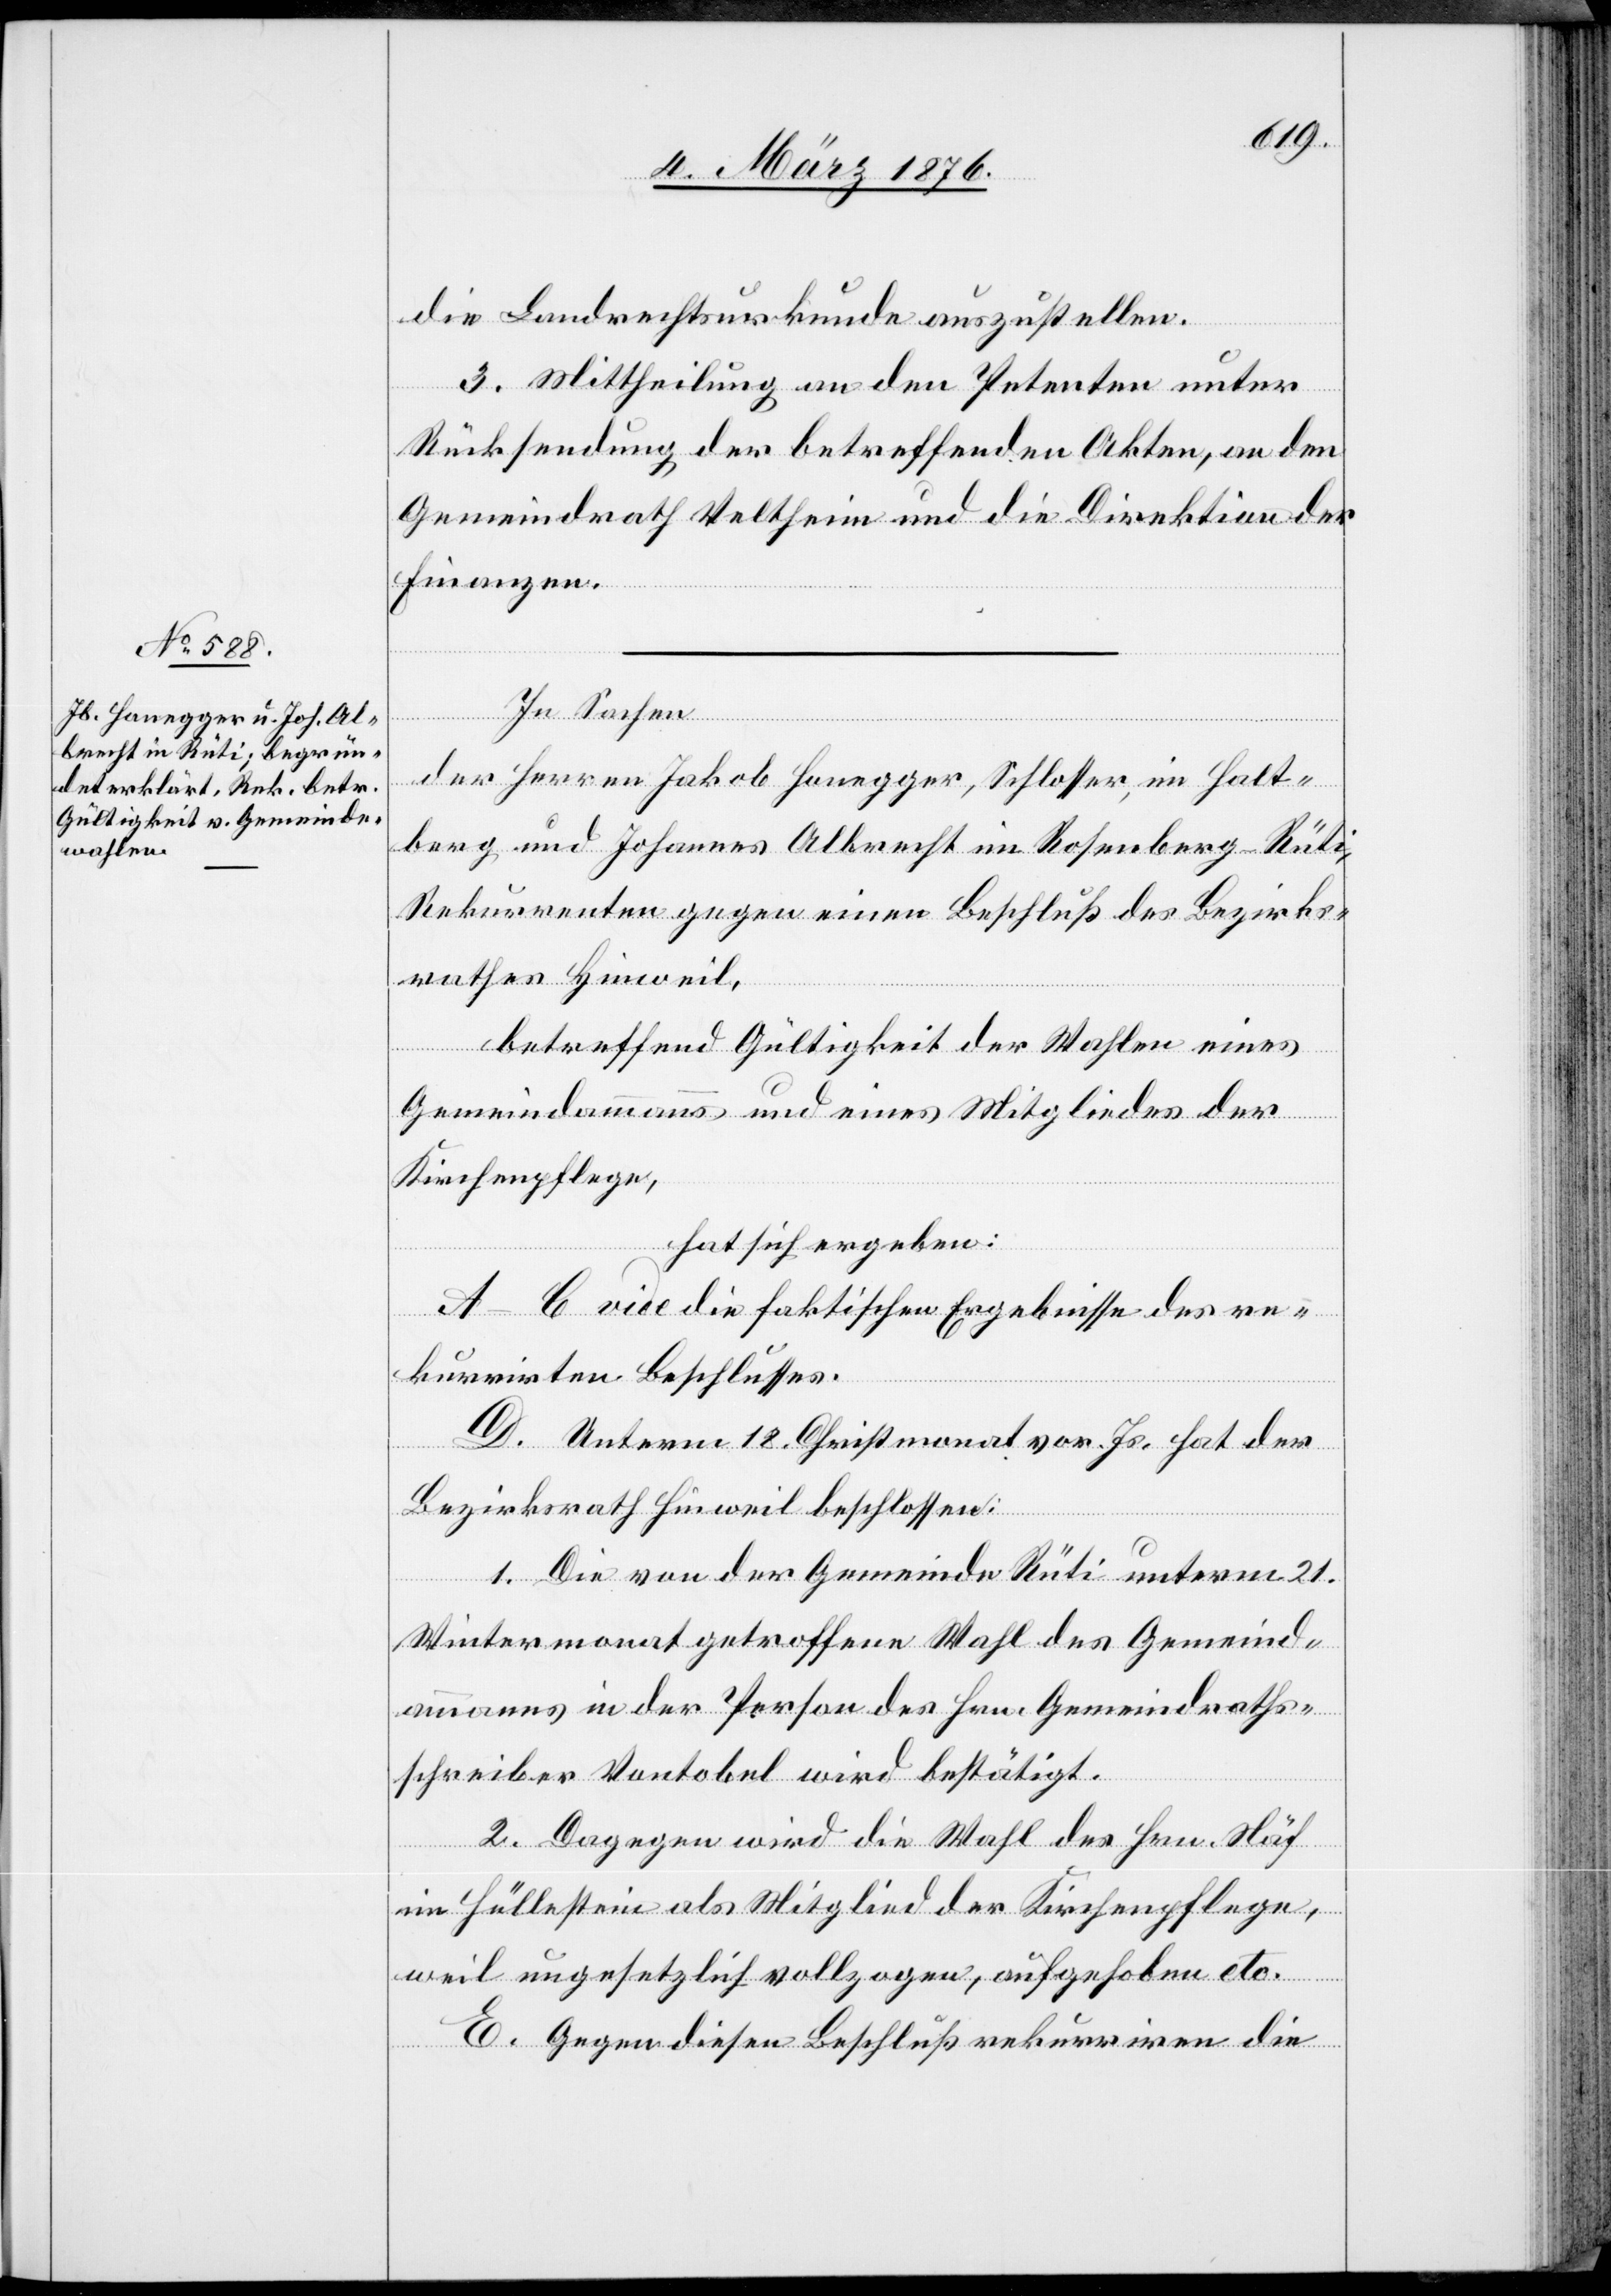
die Landrechtsurkunde auszustellen.
3. Mittheilung an den Petenten unter
Rücksendung der betreffenden Akten, an den
Gemeindrath Veltheim und die Direktion der
Finanzen.
In Sachen
der Herren Jakob Honegger, Schlosser, im Halt¬
berg und Johannes Albrecht im Rosenberg-Rüti,
Rekurrenten gegen einen Beschluß des Bezirks¬
rathes Hinweil,
betreffend Gültigkeit der Wahlen eines
Gemeindeammanns und eines Mitgliedes der
Kirchenpflege,
hat sich ergeben:
A–C vide die faktischen Ergebnisse des re¬
kurrirten Beschlusses.
D. Unterm 18. Christmonat vor. Js. hat der
Bezirksrath Hinweil beschlossen:
1. Die von der Gemeinde Rüti unterm 21.
Wintermonat getroffene Wahl des Gemeind¬
eammanns in der Person des Hrn. Gemeindraths¬
schreiber Vontobel wird bestätigt.
2. Dagegen wird die Wahl des Hrn. Näf
im Hüllestein als Mitglied der Kirchenpflege,
weil ungesetzlich vollzogen, aufgehoben etc.
E. Gegen diesen Beschluß rekurriren die